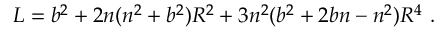
L = b ^ { 2 } + 2 n ( n ^ { 2 } + b ^ { 2 } ) R ^ { 2 } + 3 n ^ { 2 } ( b ^ { 2 } + 2 b n - n ^ { 2 } ) R ^ { 4 } \, \, .